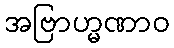
အဗြာဟ္မဏာဝ